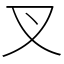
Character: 叉